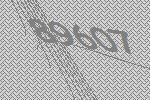
89607